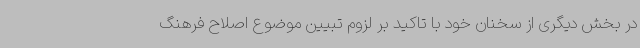
در بخش دیگری از سخنان خود با تاکید بر لزوم تبیین موضوع اصلاح فرهنگ